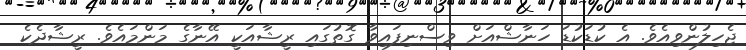
ޖެހިލުންވިއެވެ. އެ ކުޑަކުޑަ ހަނާޝްއަށް ވިސްނިފައިވާ ގޮތުގައި ރީޝާއަކީ އޭނާގެ މަންމައެވެ. ރީޝާދެކެ